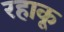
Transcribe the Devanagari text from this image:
रहाकू